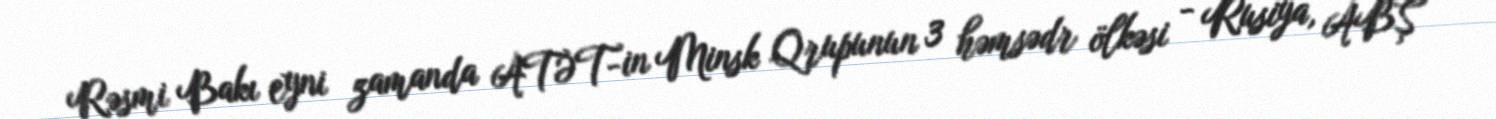
Rəsmi Bakı eyni zamanda ATƏT-in Minsk Qrupunun 3 həmsədr ölkəsi - Rusiya, ABŞ